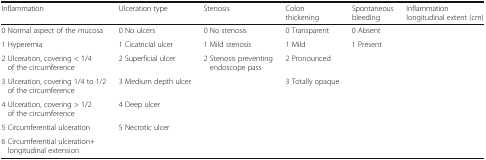
<table><thead><tr><td><b>Inflammation</b></td><td><b>Ulceration type</b></td><td><b>Stenosis</b></td><td><b>Colon thickening</b></td><td><b>Spontaneous bleeding</b></td><td><b>Inflammation longitudinal extent (cm)</b></td></tr></thead><tbody><tr><td>0 Normal aspect of the mucosa</td><td>0 No ulcers</td><td>0 No stenosis</td><td>0 Transparent</td><td>0 Absent</td><td>[EMPTY_CELL]</td></tr><tr><td>1 Hyperemia</td><td>1 Cicatricial ulcer</td><td>1 Mild stenosis</td><td>1 Mild</td><td>1 Present</td><td>[EMPTY_CELL]</td></tr><tr><td>2 Ulceration, covering &lt; 1/4 of the circumference</td><td>2 Superficial ulcer</td><td>2 Stenosis preventing endoscope pass</td><td>2 Pronounced</td><td>[EMPTY_CELL]</td><td>[EMPTY_CELL]</td></tr><tr><td>3 Ulceration, covering 1/4 to 1/2 of the circumference</td><td>3 Medium depth ulcer</td><td>[EMPTY_CELL]</td><td>3 Totally opaque</td><td>[EMPTY_CELL]</td><td>[EMPTY_CELL]</td></tr><tr><td>4 Ulceration, covering &gt; 1/2 of the circumference</td><td>4 Deep ulcer</td><td>[EMPTY_CELL]</td><td>[EMPTY_CELL]</td><td>[EMPTY_CELL]</td><td>[EMPTY_CELL]</td></tr><tr><td>5 Circumferential ulceration</td><td>5 Necrotic ulcer</td><td>[EMPTY_CELL]</td><td>[EMPTY_CELL]</td><td>[EMPTY_CELL]</td><td>[EMPTY_CELL]</td></tr><tr><td>6 Circumferential ulceration+ longitudinal extension</td><td>[EMPTY_CELL]</td><td>[EMPTY_CELL]</td><td>[EMPTY_CELL]</td><td>[EMPTY_CELL]</td><td>[EMPTY_CELL]</td></tr></tbody></table>